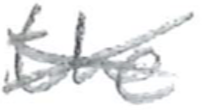
Text: the
Cross-out: cross
Writing tool: pencil